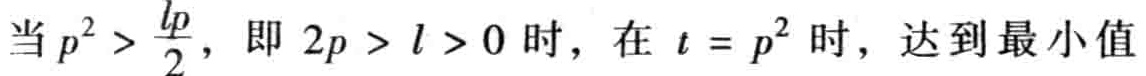
当 \(p^{2} > \frac{lp}{2}\)，即 \(2p > l > 0\) 时，在 \(t = p^{2}\) 时，达到最小值